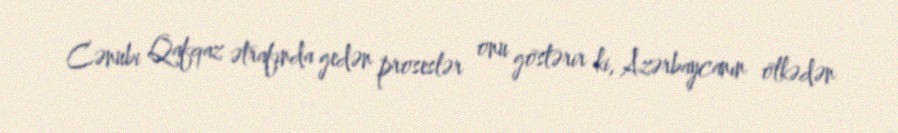
Cənubi Qafqaz ətrafında gedən proseslər onu göstərir ki, Azərbaycanın ölkədən